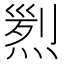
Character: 煭